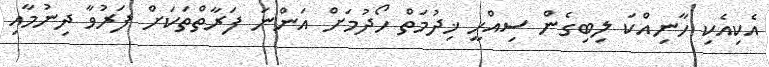
އެކިއެކި ހާނިއްކަ ލިބިގެން ސިއްހީ ޚިދުމަތް ހޯދުމަށް އަންނަ ފަރާތްތަކަށް ފަރުވާ ދިނުމާއި